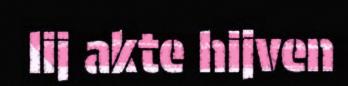
lij akte hijven